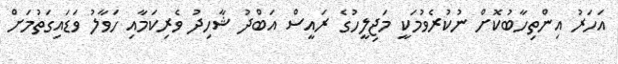
އަހަރު އިންތިހާބުކޮށް ނުކުރެވުމަކީ މަޖިލީހުގެ ރައީސް އަބްދު ޝާހިދު ވެރިކަމާއި ހަވާލު ވަޑައިގަތުމަށް